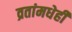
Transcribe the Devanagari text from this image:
व्रतांमधेही